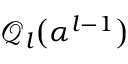
\mathcal { Q } _ { l } \big ( \boldsymbol { \alpha } ^ { l - 1 } \big )